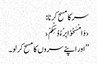
سر کا مسح کرنا:
‹وَامْسَحُوْا بِرُءُوْسِکُمْ›
’’اور اپنے سروں کا مسح کر لو۔